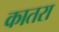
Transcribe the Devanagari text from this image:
कातरा